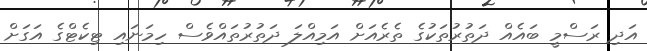
އަދި ރަސްމީ ބައެއް ދަތުރުތަކުގެ ތެރެއަށް އަމިއްލަ ދަތުރުތައްވެސް ހިމަނައި ޓިކެޓްގެ އަގަށް